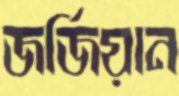
জর্জিয়ান